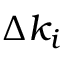
\Delta k _ { i }